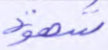
شهوة